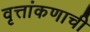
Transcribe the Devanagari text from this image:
वृत्तांकणाची